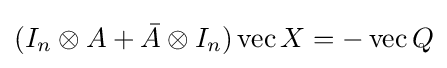
(I_{n}\otimes A+{\bar {A}}\otimes I_{n})\operatorname {vec} X=-\operatorname {vec} Q